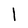
Character: l